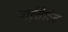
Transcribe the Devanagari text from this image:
वाईब्रेशंज़